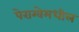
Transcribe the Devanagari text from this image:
पेराग्वेमधील